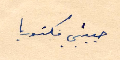
حبيبتي فكتوريا